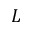
L